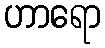
ဟာရော